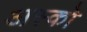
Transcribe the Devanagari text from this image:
अस्को